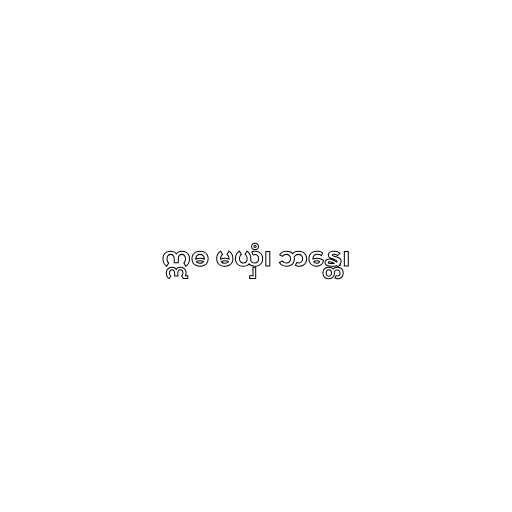
ဣဓ မယှံ၊ ဘန္တေ၊